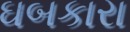
ઘબકારા